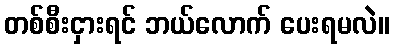
တစ်စီးငှားရင် ဘယ်လောက် ပေးရမလဲ။